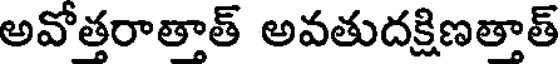
అవోత్తరాతాత్ అవతుదక్షిణతాత్